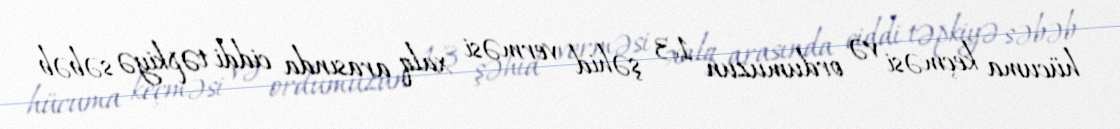
hücuma keçməsi və ordumuzun 13 şəhid verməsi xalq arasında ciddi təpkiyə səbəb